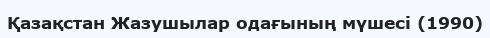
Қазақстан Жазушылар одағының мүшесі (1990)